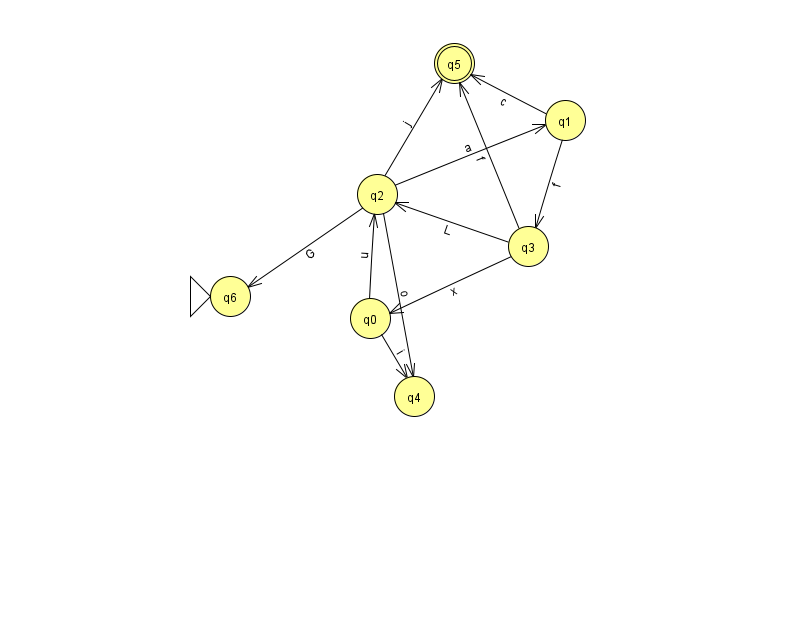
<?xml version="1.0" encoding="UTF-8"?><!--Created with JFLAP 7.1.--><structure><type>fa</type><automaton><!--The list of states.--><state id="0" name="q0"><x>370.0</x><y>305.0</y></state><state id="1" name="q1"><x>565.0</x><y>107.0</y></state><state id="2" name="q2"><x>377.0</x><y>181.0</y></state><state id="3" name="q3"><x>528.0</x><y>233.0</y></state><state id="4" name="q4"><x>414.0</x><y>383.0</y></state><state id="5" name="q5"><x>454.0</x><y>50.0</y><final/></state><state id="6" name="q6"><x>230.0</x><y>283.0</y><initial/></state><!--The list of transitions.--><transition><from>1</from><to>3</to><read>f</read></transition><transition><from>2</from><to>4</to><read>o</read></transition><transition><from>1</from><to>5</to><read>c</read></transition><transition><from>2</from><to>6</to><read>G</read></transition><transition><from>3</from><to>5</to><read>f</read></transition><transition><from>2</from><to>5</to><read>j</read></transition><transition><from>3</from><to>2</to><read>L</read></transition><transition><from>0</from><to>2</to><read>u</read></transition><transition><from>0</from><to>4</to><read>i</read></transition><transition><from>2</from><to>1</to><read>a</read></transition><transition><from>3</from><to>0</to><read>x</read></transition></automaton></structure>